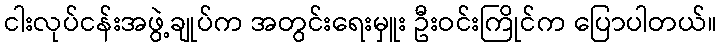
ငါးလုပ်ငန်းအဖွဲ့ချုပ်က အတွင်းရေးမှူး ဦးဝင်းကြိုင်က ပြောပါတယ်။